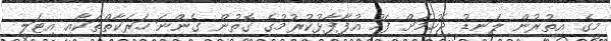
މީގެ އިތުރުން ލަނޑު ޖެހުމަށް ފަހު އުފާފާޅުކުރުމުގެ ގޮތުން ގެންނަ ހަރަކާތްތަކާއި އިޓަލީ